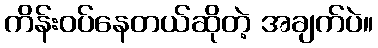
ကိန်းဝပ်နေတယ်ဆိုတဲ့ အချက်ပဲ။